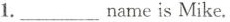
1.___nameis Mike.